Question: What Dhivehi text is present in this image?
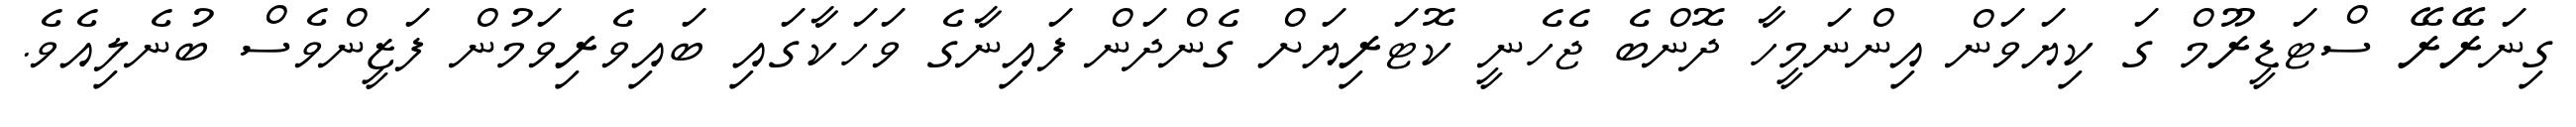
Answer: ގިނަރޭރޭ ސްޓަޑީރޫމް ގަ ކިޔަވަން އިންނަމީހާ ދޮންބެ ޖެހެނީ ކޮޓަރިޔަށް ގެންދަން ފައިނާގެ ވަހަކާގައި ބައިވެރިވަމުން ފަޒީންވެސް ބުނެލިއެވެ.